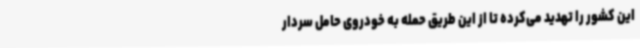
این کشور را تهدید می‌کرده تا از این طریق حمله به خودروی حامل سردار